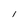
Character: l